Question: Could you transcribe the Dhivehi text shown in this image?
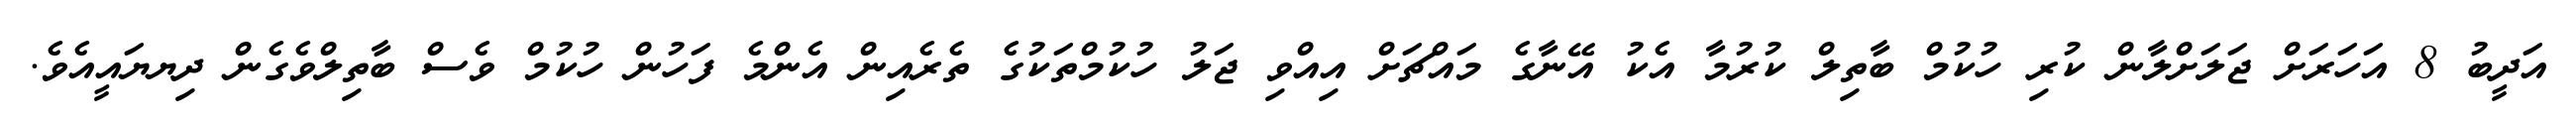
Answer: އަދީބު 8 އަހަރަށް ޖަލަށްލާން ކުރި ހުކުމް ބާތިލް ކުރުމާ އެކު އޭނާގެ މައްޗަށް އިއްވި ޖަލު ހުކުމްތަކުގެ ތެރެއިން އެންމެ ފަހުން ހުކުމް ވެސް ބާތިލްވެގެން ދިޔޔައީއެވެ.